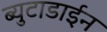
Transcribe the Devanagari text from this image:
ब्युटाडाईन